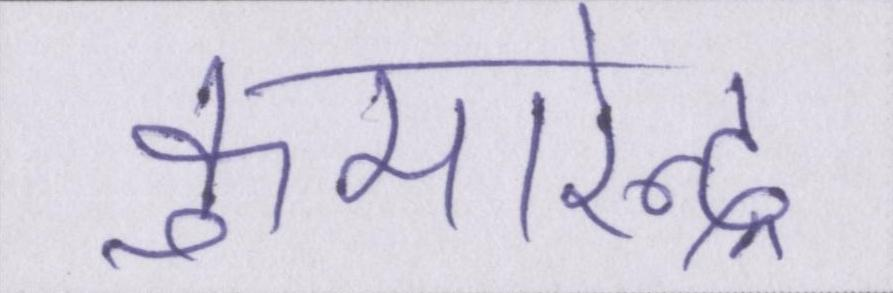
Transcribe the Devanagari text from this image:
कुमारेन्द्र